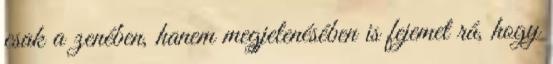
csak a zenében, hanem megjelenésében is fejemet rá, hogy